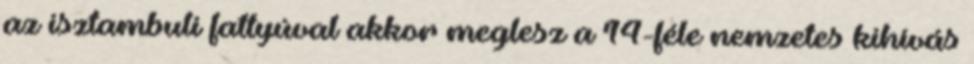
az isztambuli fattyúval akkor meglesz a 14-féle nemzetes kihívás